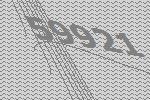
59921